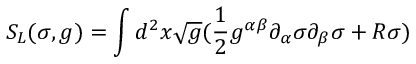
S _ { L } ( \sigma , g ) = \int d ^ { 2 } x \sqrt g ( \frac { 1 } { 2 } g ^ { \alpha \beta } \partial _ { \alpha } \sigma \partial _ { \beta } \sigma + R \sigma )